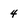
Character: 4